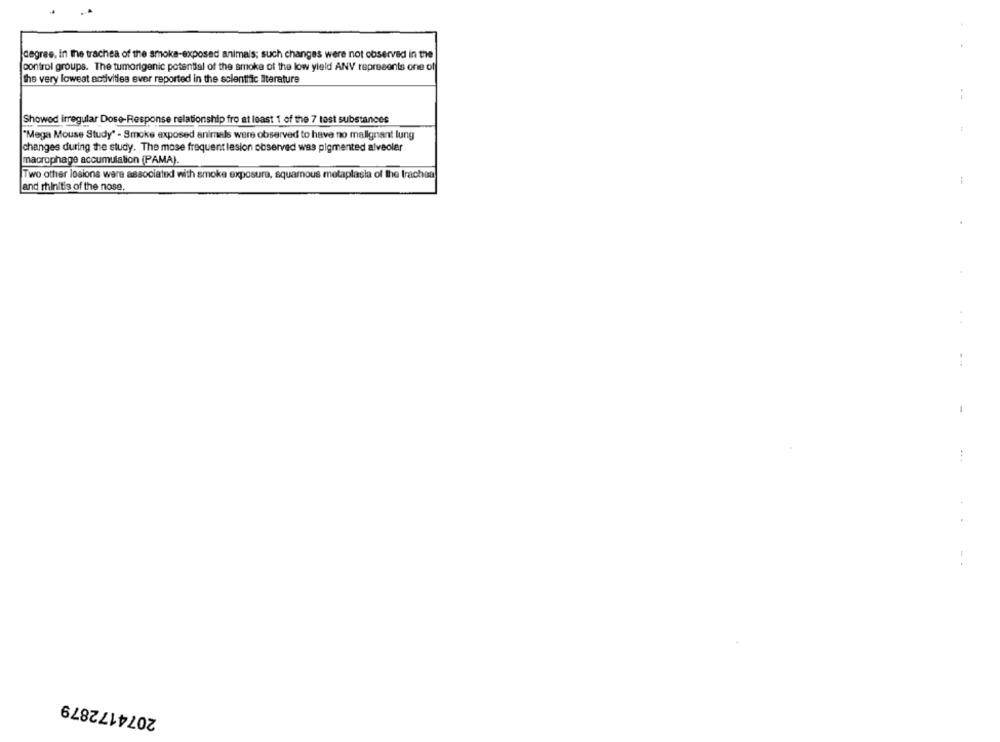
degree, In the trachea of the smoke-exposed animals; such changes were not observed in the
control groups. The tumorigenic potential of the smoke of the low yield ANV represents one off
the very lowest activities ever reported in the scientific literature
Showed irregular Dose-Response relationship fro at least 1 of the 7 test substances
"Mega Mouse Study" - Smoke exposed animals were observed to have no malignant lung
changes during the study. The mose frequent lesion observed was pigmented alveoler
macrophage accumulation (PAMA).
Two other losions were associated with smoke exposure, squamous metaplasia of the trachan
and rhinitis of the nose,
-
-
2074172879